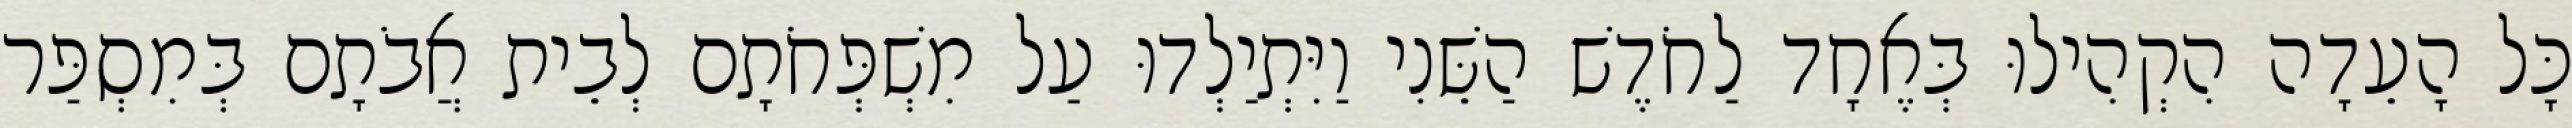
כָּל הָעֵדָה הִקְהִילוּ בְּאֶחָד לַחֹדֶשׁ הַשֵּׁנִי וַיִּתְיַלְדוּ עַל מִשְׁפְּחֹתָם לְבֵית אֲבֹתָם בְּמִסְפַּר